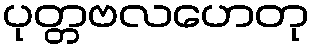
ပုတ္တဗလဟေတု